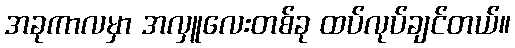
အခုကာလမှာ အလှူလေးတစ်ခု ထပ်လုပ်ချင်တယ်။